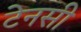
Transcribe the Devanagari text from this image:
टेनसी